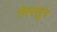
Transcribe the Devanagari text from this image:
निरसुन